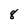
Character: 8